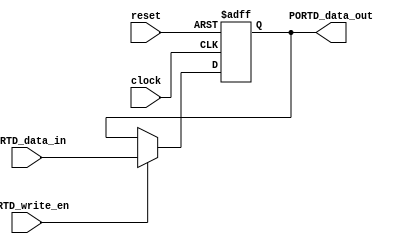
/**
	I/O port for RISC-V Arduino on FPGA
	take data from memory and route to port B
*/
module PORTD(
	input clock,
	input reset,
	// will be use to check if the pin is write-enabled, could also be a bus because DDRB is a 8-bit Port B Data Direction register
	// each will be used to indicate RW status of each pin of port B data register
	input PORTD_write_en,  				 
	input [7:0]PORTD_data_in,    		// data from memory, will be written to output pin 
	output reg [7:0]PORTD_data_out		// portB bus 
);

/*
// DDRB interface
wire DDRB_write_en;
wire [7:0]DDRB_data;
wire [7:0]DDRB_out;			// result from DDRB, determine input/output 

// instantiate DDRB here
DDRB DDRB (
	.clock(clock),
	.reset(reset),
	.DDRB_write_en(DDRB_write_en),
	.DDRB_data(DDRB_data),
	.DDRB_out(DDRB_out) 			// input/output indicator
);

*/


/**
 * The following is not a typical asysnchronous reset circuit
 * the synthesizer cannot recognize the following which generates an error
 * the error message is Cannot match operand(s) in the condition to the corresponding edges in the enclosing event control of the always construct
 * Solution: https://stackoverflow.com/questions/52232515/cannot-match-operands-in-the-condition-to-the-corresponding-edges-in-the-enclo
 */
 /*
always@(posedge clock or negedge reset)
begin
	if (reset) begin
		PORTB_data_out <= 8'b0;
	end
	else begin
		if (PORTB_write_en == 1) begin
			// route the data to those output pins if DDRB is 1 (pinMode high)
			PORTB_data_out <= PORTB_data_in;
		end
	end
	
end
*/


/**
 * so I came up with the following solution which just switch the content in two if statements.
 * This did not work: inferred latches which is bad in our design
 */
/*
always@(posedge clock or negedge reset)
begin
	if (!reset) begin
		if (PORTB_write_en == 1) begin
			// route the data to those output pins if DDRB is 1 (pinMode high)
			PORTB_data_out <= PORTB_data_in;
		end
	end
	else begin
		PORTB_data_out <= 8'b0;
	end
	
end
*/

/**
 * solution: use synchronous reset: reset in our case is always off. There is no need for using asynchronous reset circuit.
 */
always@(posedge clock or posedge reset)
begin
	if (reset) begin
		PORTD_data_out <= 8'b0;
	end
	else begin
		if (PORTD_write_en == 1) begin
			// route the data to those output pins if DDRB is 1 (pinMode high)
			PORTD_data_out <= PORTD_data_in;
		end
	end
	
end
endmodule